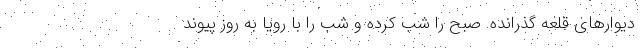
دیوارهای قلعه‌ گذرانده. صبح را شب کرده و شب را با رویا به روز پیوند